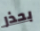
بحذر